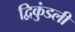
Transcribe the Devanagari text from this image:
द्विकुंडली